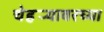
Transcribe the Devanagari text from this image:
चेहर्‍यावरच्या